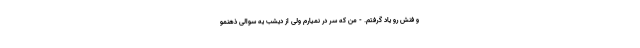
و فنش رو یاد گرفتم. - من که سر در نمیارم ولی از دیشب یه سوالی ذهنمو